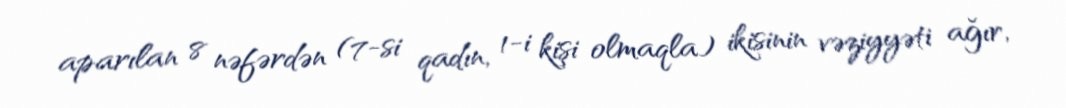
aparılan 8 nəfərdən (7-si qadın, 1-i kişi olmaqla) ikisinin vəziyyəti ağır,